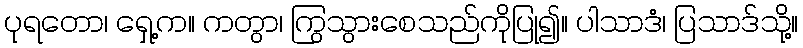
ပုရတော၊ ရှေ့က။ ကတွာ၊ ကြွသွားစေသည်ကိုပြု၍။ ပါသာဒံ၊ ပြသာဒ်သို့။